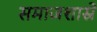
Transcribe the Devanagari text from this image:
समाजशास्रे